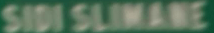
SIDI-SLIMANE